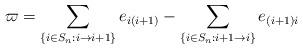
LaTeX: \begin{align*}\varpi =\sum_{\left\{ i\in S_{n}:i\rightarrow i+1\right\}}e_{i(i+1)}-\sum_{\left\{ i\in S_{n}:i+1\rightarrow i\right\} }e_{(i+1)i}\end{align*}